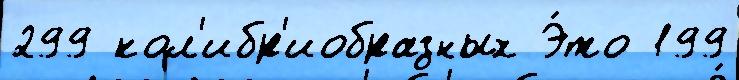
299 кол'ибр'иобразных Э́то 199